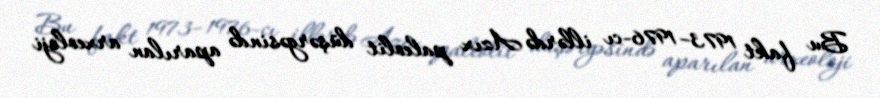
Bu fakt 1973–1976-cı illərdə Azıx paleolit düşərgəsində aparılan arxeoloji